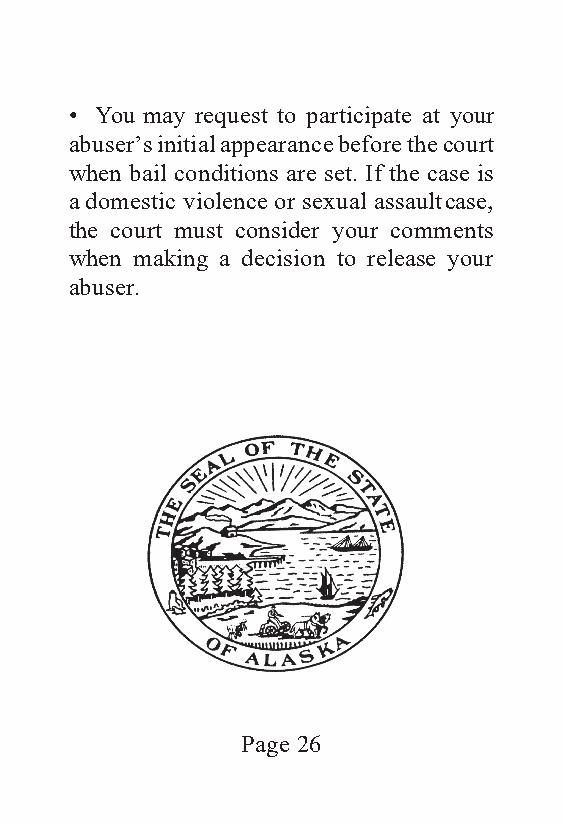
• You may request to participate at your
 abuser’s initial appearance before the court
 when bail conditions are set. If the case is
 a domestic violence or sexual assault case,
 the court must consider your comments
 when making a decision to release your
 abuser.
 Page 26